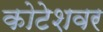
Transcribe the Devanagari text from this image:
कोटेशवर